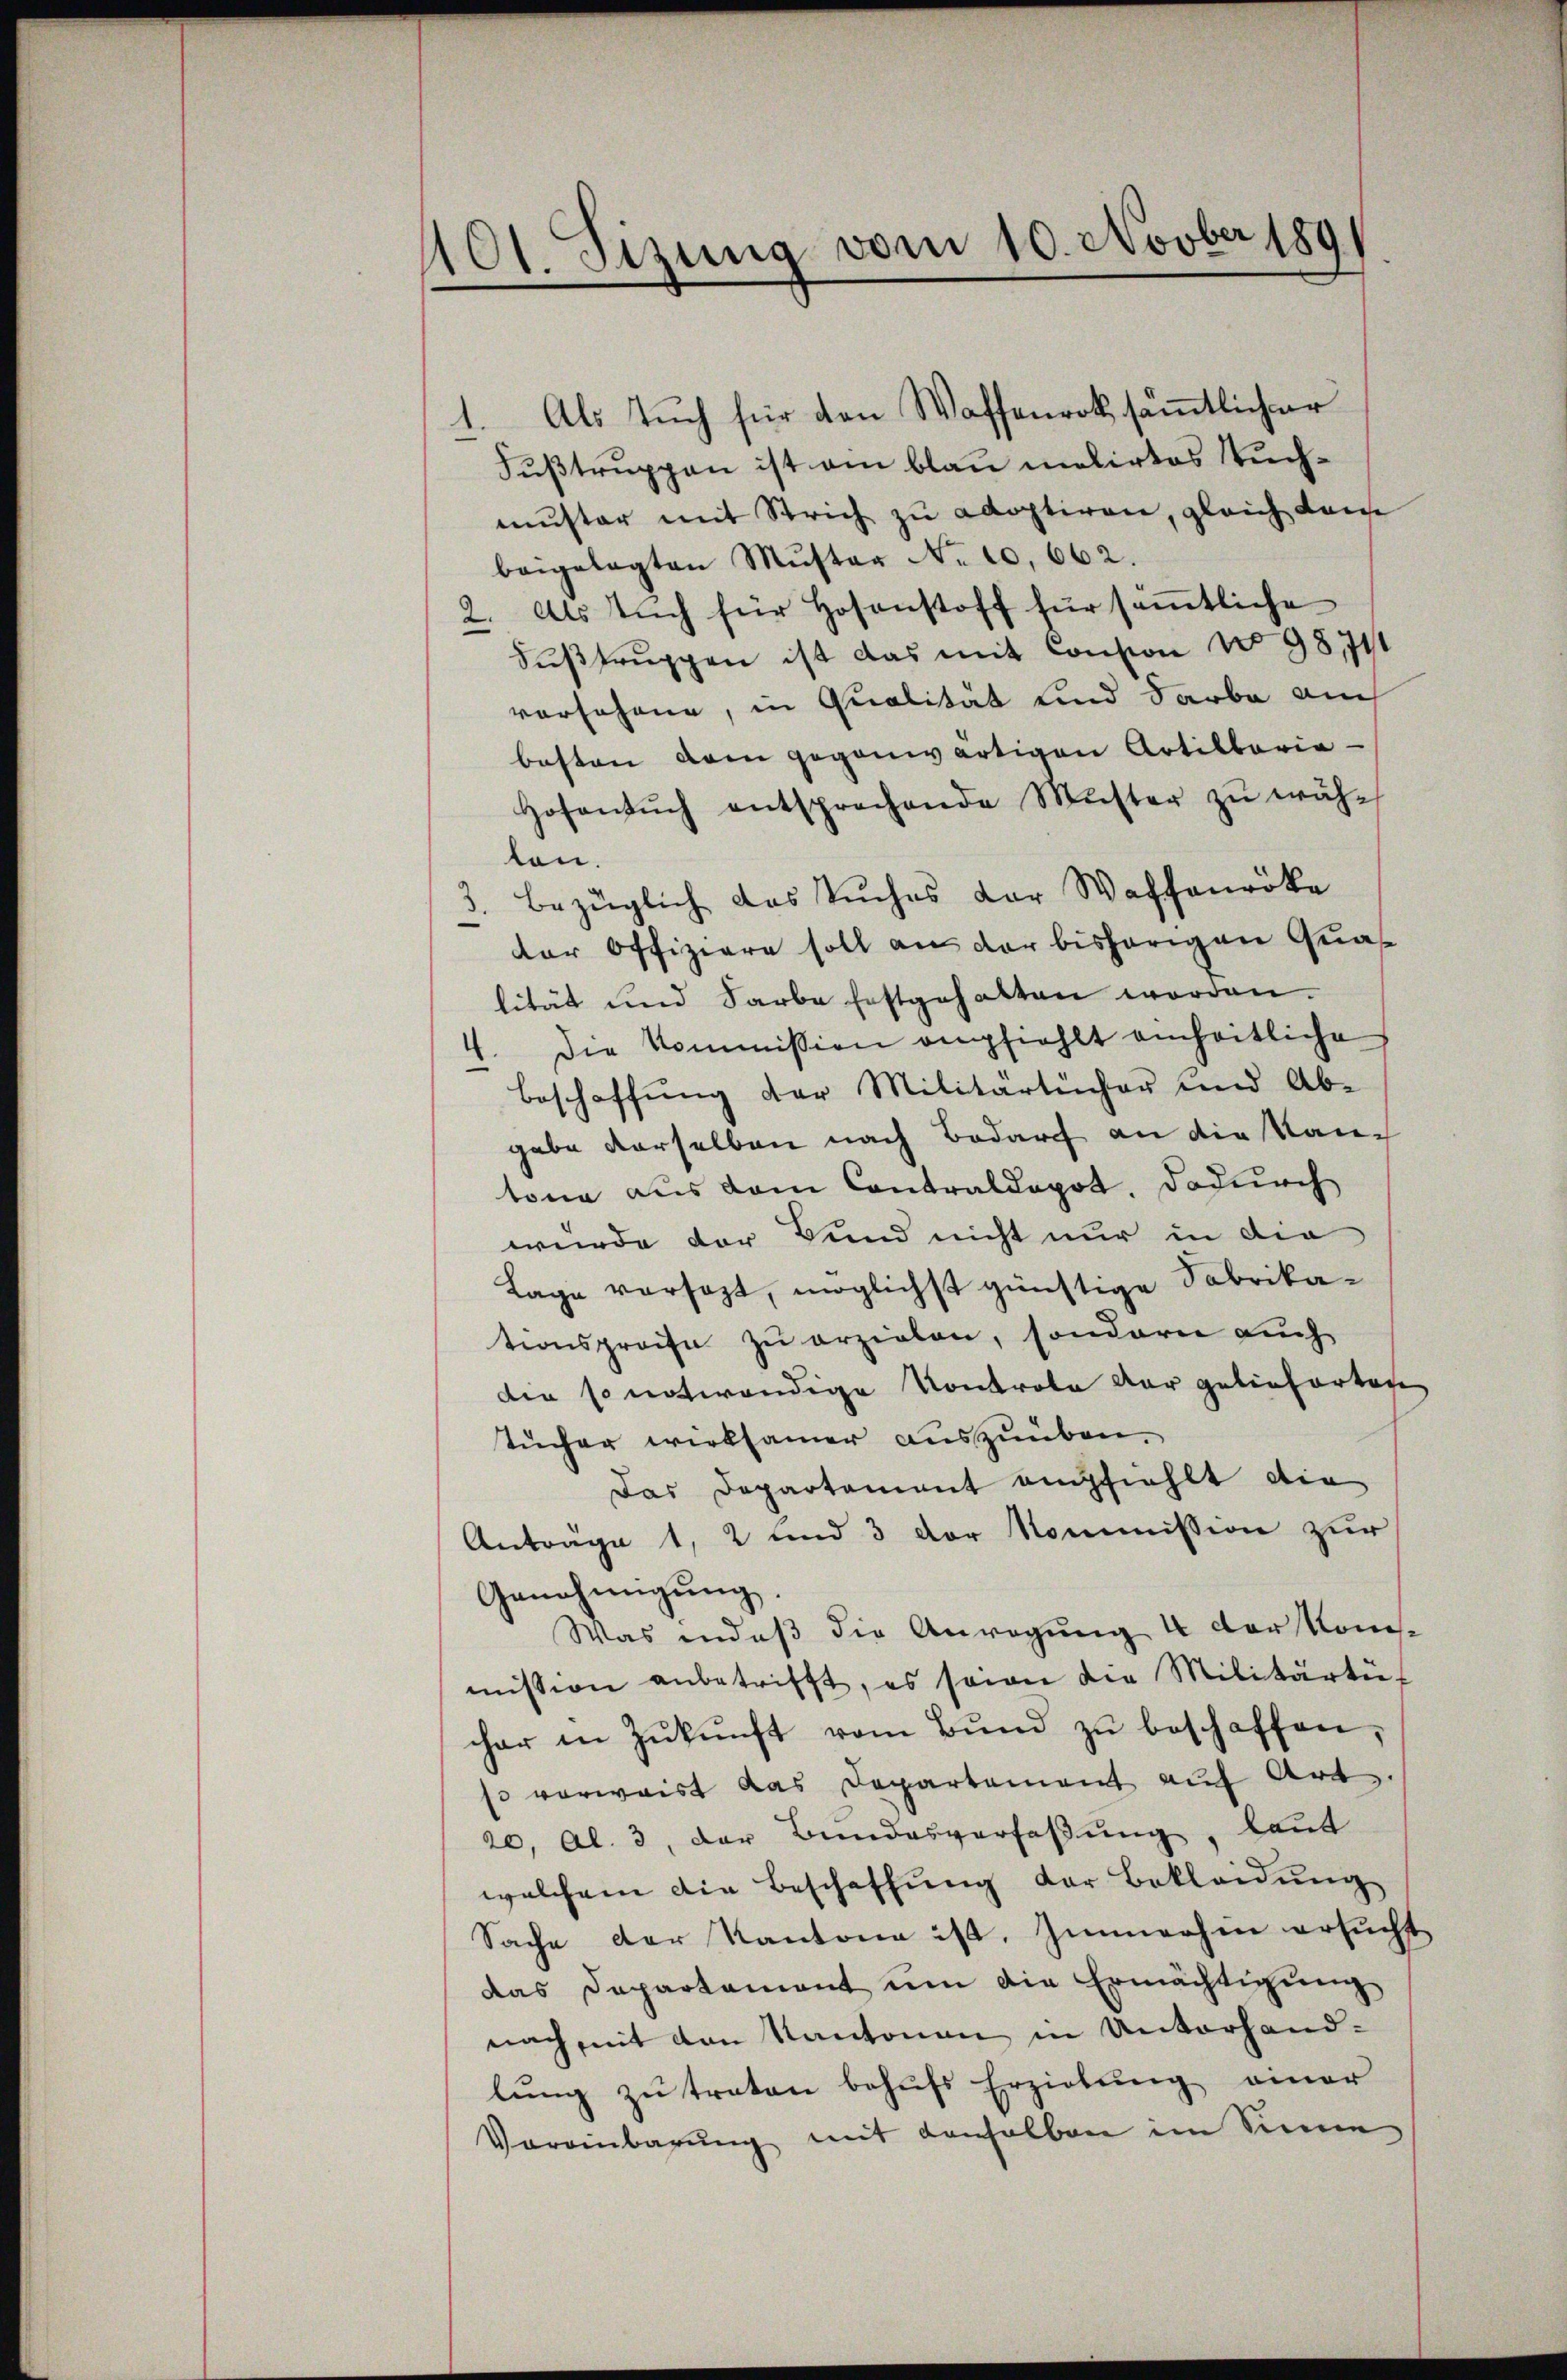
1101. Sitzung vom 10. Novber 189

Fußtruppen ist am blau melirtes Suchmuster mit Strich zu adoptiren, gleich dans
beigelegten Muster No 10,662.
2. Als Tuch für Hosenstoff für sämtliche
Fŭβtrŭppen ist das mit Consion No 98711
vorschene, in Qualität und Farbe auch
besten dem gegenwärtigen Artillaria-
Hofensŭch entsprechende Muster zŭ wäh-
len.
. bezüglich das Tuches dor Waffenröke
der Offiziere soll aus der bisherigen Quaslität und Farbe festgehalten worden.
Die Kommission empfiehlt einheitliche
Beschaffŭng der Militärtücher und Ab-
gabe derselben nach Bedarff an die Rang
tona aus dem Contralkopot. Dadurch
wurde der Bund nicht nur in die
Lage versezt, möglichst günstige Fabrika-
tionspreise zu erzielen, sondern auch
die so notwendige Kontrole der gelieferten
tucher wirksamer auszuüben.
Das Departament empfiehlt die
Anträge 1, 2 und 3 der Kommission zur
Genehmigŭng.
Was indeß die Anregung 4 der Konsmission anbetrifft, es seien die Militärtüt
cher in Zŭkŭnft vom Bŭnd zŭ beschaffen,
so verwaist das Departement auf Art.
20, Al. 3, der Bundesverfaβŭng, laut
welchem die Beschaffung der Bekleidung
Sache der Kantone ist. Immerhin ersucht
das Departement um die Ermächtigung
nach mit den Kantonen in Unterhandlŭng zŭ traten behŭfs Erziehung einer
Voreinbarung mit denselben im Sinne

Als Tuch für den Waffenrot sämtlicher